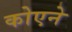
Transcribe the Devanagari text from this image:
कोएने